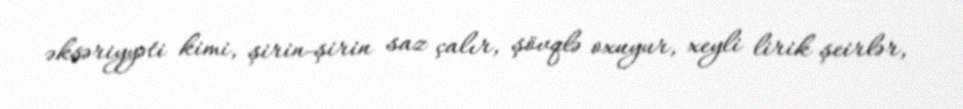
əksəriyyəti kimi, şirin-şirin saz çalır, şövqlə oxuyur, xeyli lirik şeirlər,